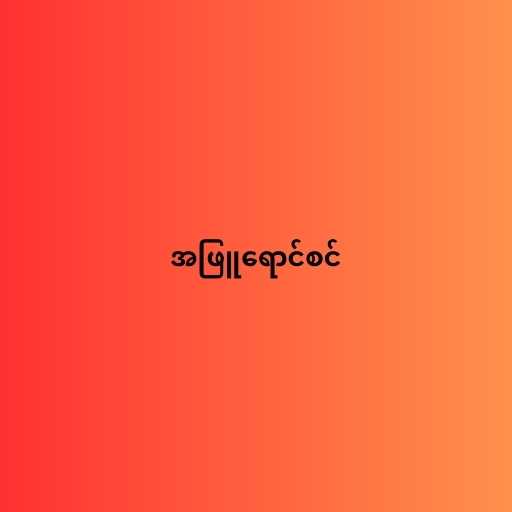
အဖြူရောင်စင်